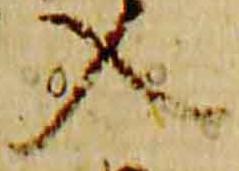
入